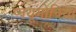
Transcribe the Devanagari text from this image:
प्नयूमोनिया